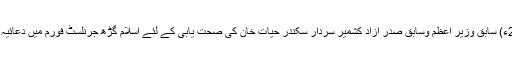
30 اپریل2018ء) سابق وزیر اعظم وسابق صدر آزاد کشمیر سردار سکندر حیات خان کی صحت یابی کے لئے اسلام گڑھ جرنلسٹ فورم میں دعائیہ تقریب کا انعقاد۔